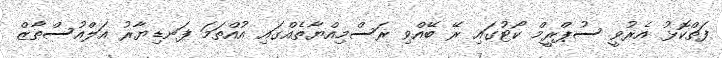
ފަތްކޮޅު އެރުވީ ސުޕްރީމް ކޯޓުގައި ރޭ ބޭއްވި ރަސްމިއްޔާތެއްގައި އުއްތަމަ ފަނޑިޔާރު އަލްއުސްތާޒް